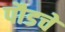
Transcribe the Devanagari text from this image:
पौडचे